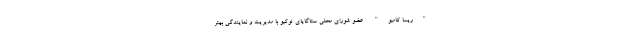
"ریسا کامیو" عضو شورای محلی ستاگایای توکیو با مدیریت و نمایندگی بهتر